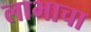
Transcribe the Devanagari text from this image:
लाभाचा